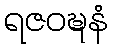
ရဇဝဍ္ဎနံ